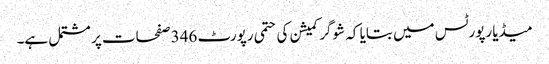
میڈیا رپورٹس میں بتایا کہ شوگر کمیشن کی حتمی رپورٹ 346 صفحات پر مشتمل ہے۔